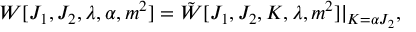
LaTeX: W [ J _ { 1 } , J _ { 2 } , \lambda , \alpha , m ^ { 2 } ] = \tilde { W } [ J _ { 1 } , J _ { 2 } , K , \lambda , m ^ { 2 } ] | _ { K = \alpha J _ { 2 } } ,